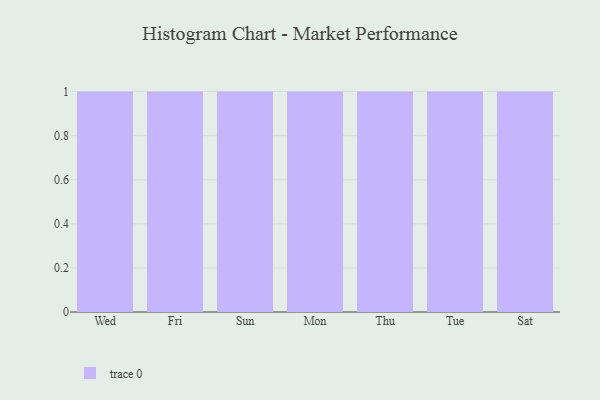
{"axis": {"x": "Day", "y": "Temperature (°C)"}, "legend": [""], "data": [{"x": "Wed", "y": 7, "type": ""}, {"x": "Fri", "y": 63, "type": ""}, {"x": "Sun", "y": 92, "type": ""}, {"x": "Mon", "y": 22, "type": ""}, {"x": "Thu", "y": 80, "type": ""}, {"x": "Tue", "y": 68, "type": ""}, {"x": "Sat", "y": 80, "type": ""}]}